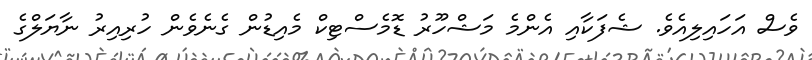
ވެސް އަހައިލިއެވެ. ޝެފަކާއި އެންމެ މަޝްހޫރު ޑޮމެސްޓިކް މެއިޑުން ގެނެވެން ހުރިއިރު ނާޔަލްގެ